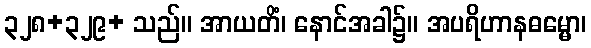
၃၂၈+၃၂၉+ သည်။ အာယတိံ၊ နောင်အခါ၌။ အပရိဟာနဓမ္မော၊